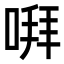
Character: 㗑